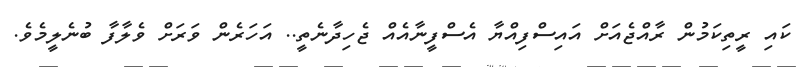
ކައި ރީތިކަމުން ރާއްޖެއަށް އައިސްފިއްޔާ އެސްފީނާއެއް ޖެހިދާނެތީ.. އަހަރެން ވަރަށް ވެލާފާ ބުނެލީމެވެ.